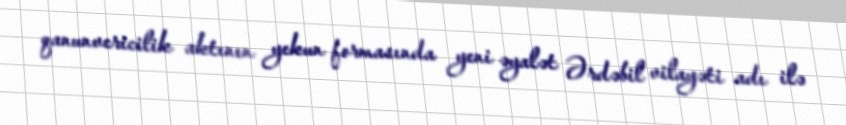
qanunvericilik aktının yekun formasında yeni əyalət Ərdəbil vilayəti adı ilə